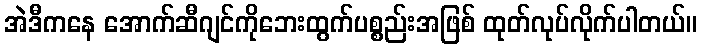
အဲဒီကနေ အောက်ဆီဂျင်ကိုဘေးထွက်ပစ္စည်းအဖြစ် ထုတ်လုပ်လိုက်ပါတယ်။